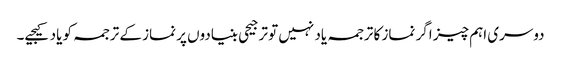
دوسری اہم چیز اگر نماز کا ترجمہ یاد نہیں تو ترجیحی بنیادوں پر نماز کے ترجمہ کو یاد کیجیے۔